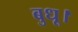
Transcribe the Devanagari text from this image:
बुधू।